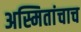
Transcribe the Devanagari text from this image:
अस्मितांचाच